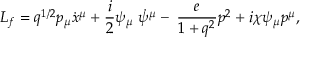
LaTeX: L _ { f } = q ^ { 1 / 2 } p _ { \mu } \dot { x } ^ { \mu } + \frac { i } { 2 } \psi _ { \mu } \; \dot { \psi } ^ { \mu } - \; \frac { e } { 1 + q ^ { 2 } } p ^ { 2 } + i \chi \psi _ { \mu } p ^ { \mu } ,